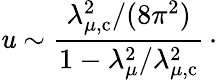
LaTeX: \mathit{u}\sim{\frac{{\lambda_{\mu,\mathrm{{c}}}^{2}/(8\pi^{2})}}{{1-\lambda_{\mu}^{2}/\lambda_{\mu,\mathrm{{c}}}^{2}}}}\, \cdotp